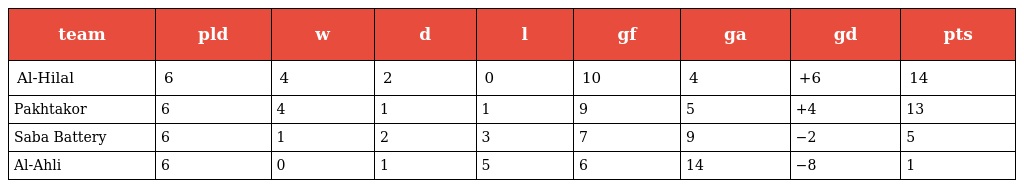
| team | pld | w | d | l | gf | ga | gd | pts |
 | --- | --- | --- | --- | --- | --- | --- | --- | --- |
 | Al-Hilal | 6 | 4 | 2 | 0 | 10 | 4 | +6 | 14 |
 | Pakhtakor | 6 | 4 | 1 | 1 | 9 | 5 | +4 | 13 |
 | Saba Battery | 6 | 1 | 2 | 3 | 7 | 9 | −2 | 5 |
 | Al-Ahli | 6 | 0 | 1 | 5 | 6 | 14 | −8 | 1 |